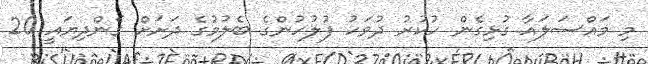
މި މައްސަލައާ ގުޅިގެން ހުކުރު ދުވަހު ފުލުހުންގެ ބެލުމުގެ ދަށަށް ގެންދިޔައީ 20